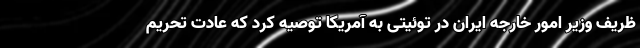
ظریف وزیر امور خارجه ایران در توئیتی به آمریکا توصیه کرد که عادت تحریم